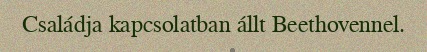
Családja kapcsolatban állt Beethovennel.